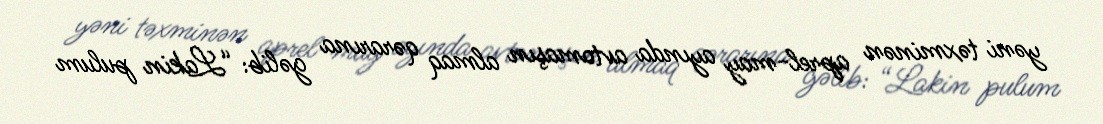
yəni təxminən aprel-may ayında avtomaşın almaq qərarına gəlib: “Lakin pulum